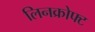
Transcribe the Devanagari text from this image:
लिनक्रोफ्ट